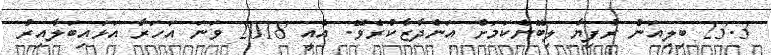
23.3 ބިލިއަން ރުފިޔާ ލިބޭނެކަމަށް އަންދާޒާކުރެވޭ. އެއީ 2018 ވަނަ އަހަރާ އަޅައިބަލާއިރު